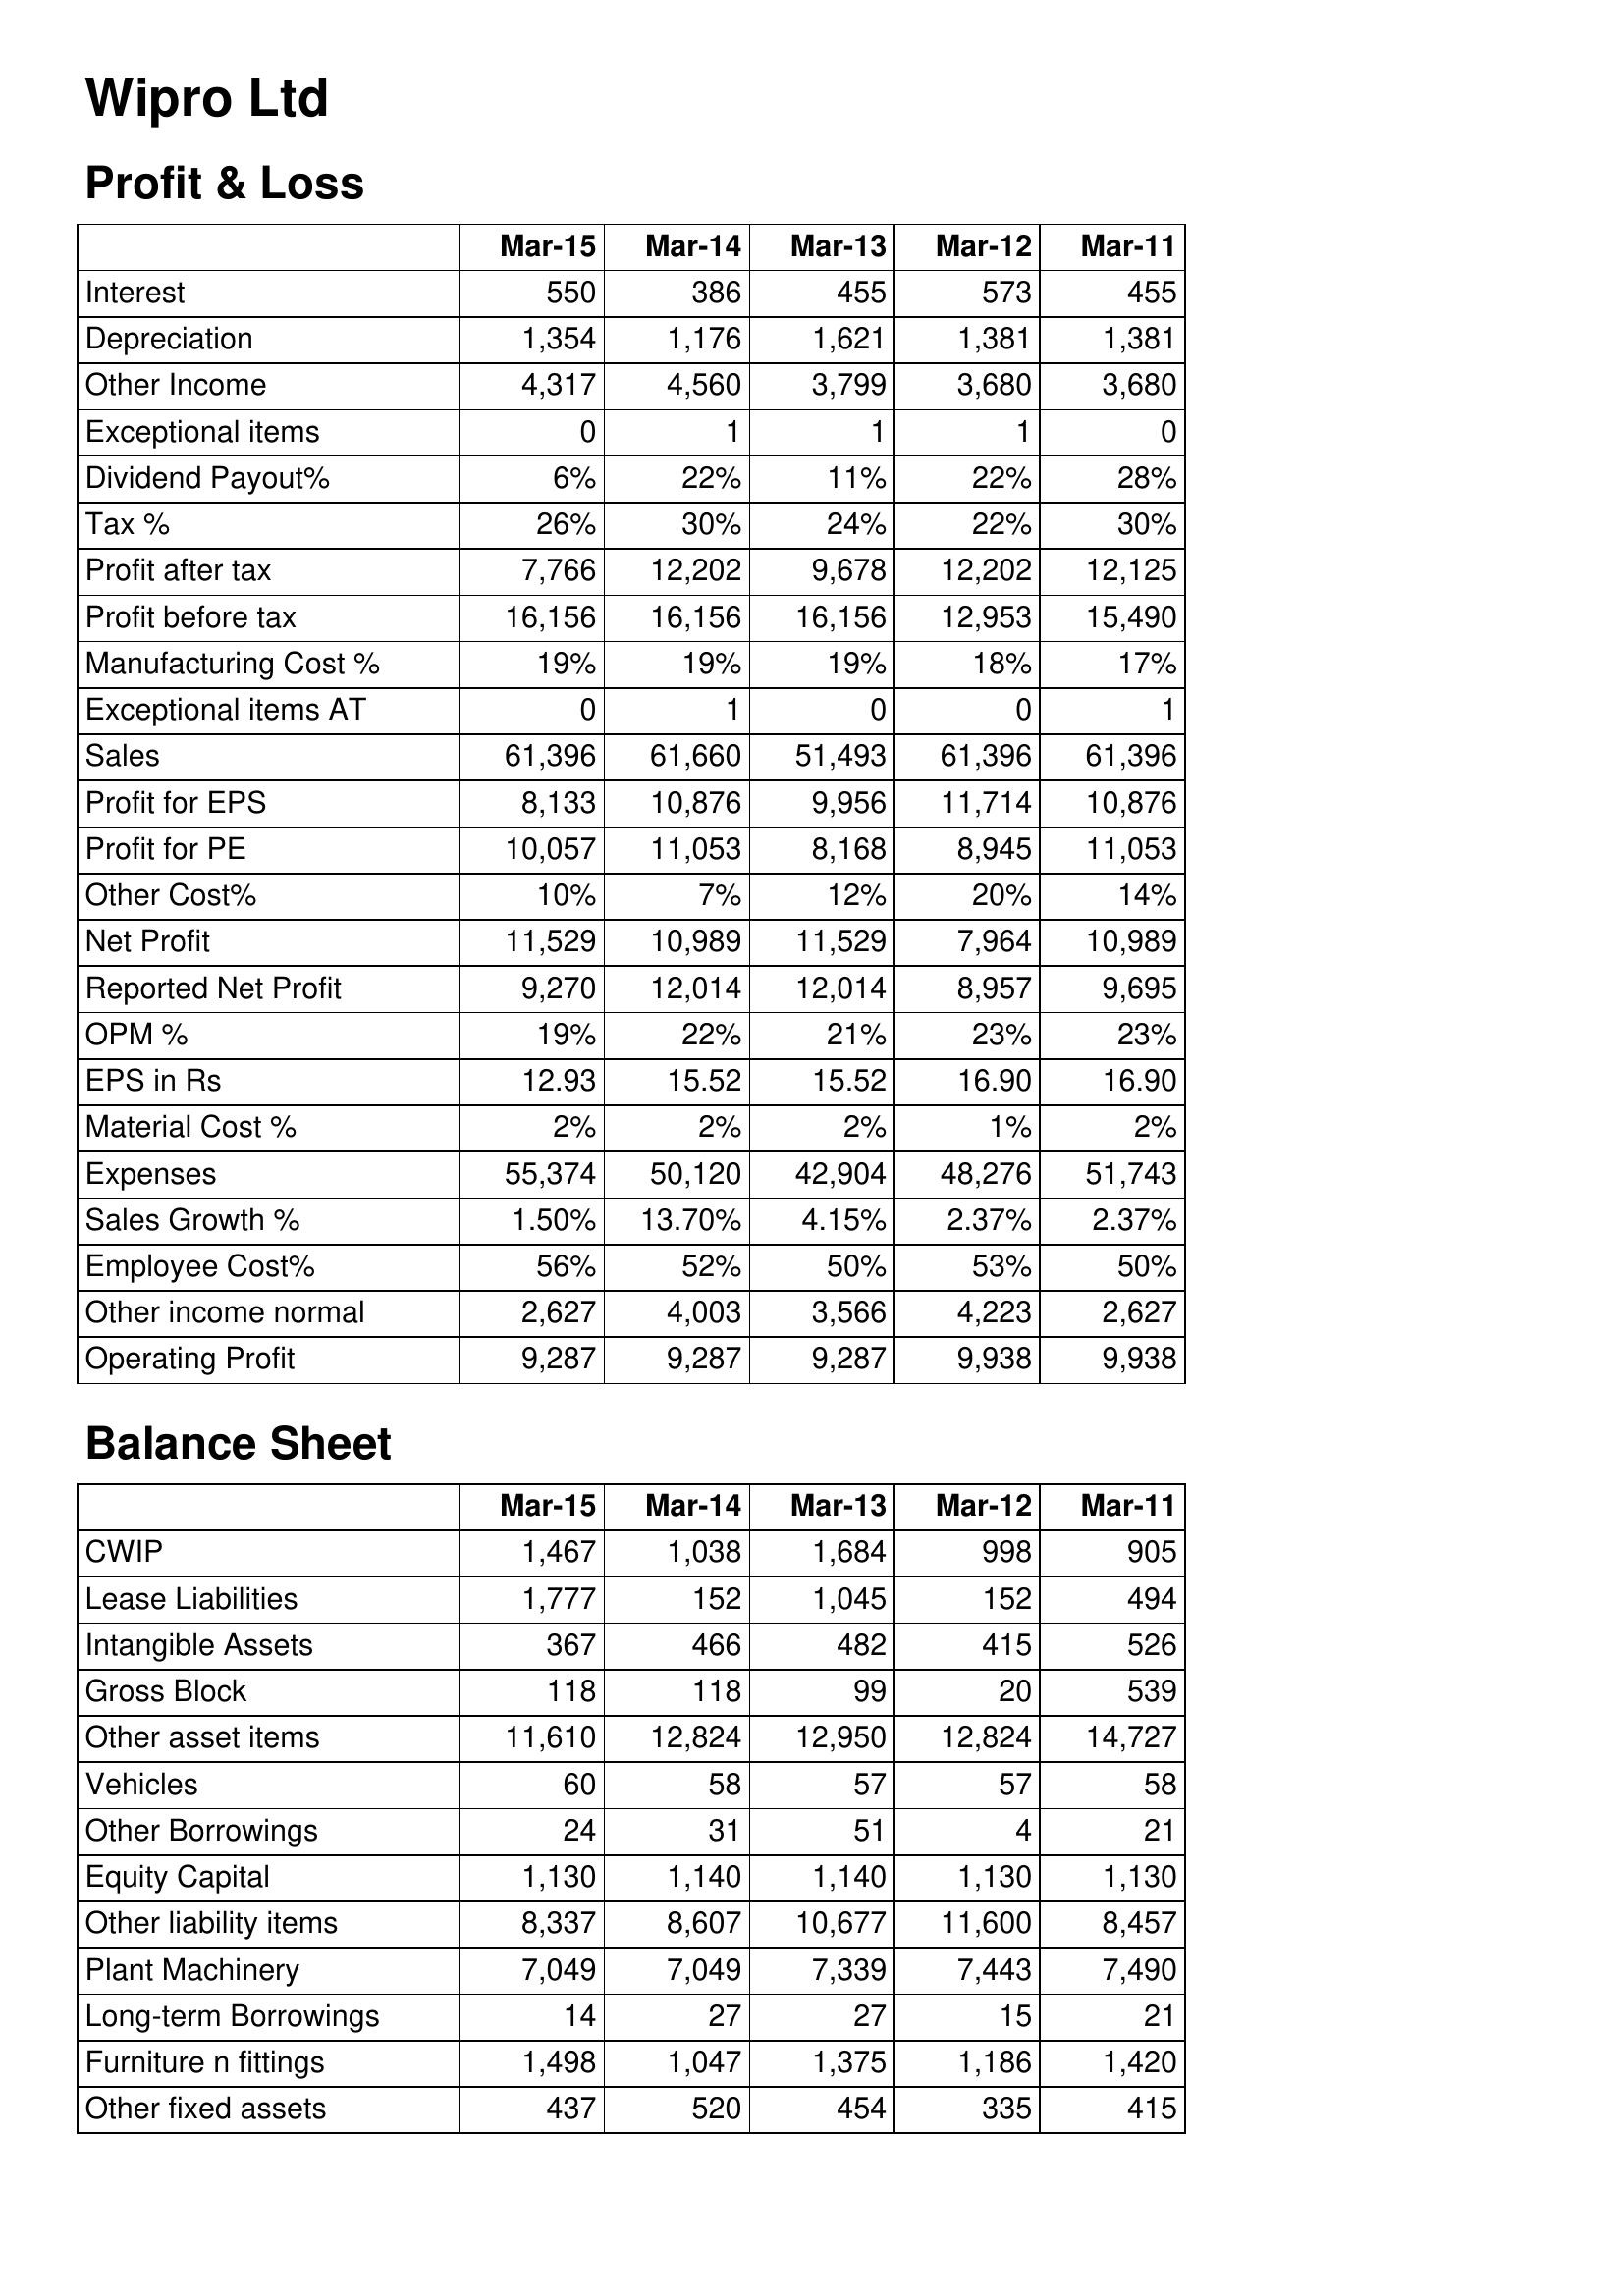
Mar-15: Profit & Loss: Interest: 550
Depreciation: 1,354
Other Income: 4,317
Exceptional items: 0
Dividend Payout%: 6%
Tax %: 26%
Profit after tax: 7,766
Profit before tax: 16,156
Manufacturing Cost %: 19%
Exceptional items AT: 0
Sales: 61,396
Profit for EPS: 8,133
Profit for PE: 10,057
Other Cost%: 10%
Net Profit: 11,529
Reported Net Profit: 9,270
OPM %: 19%
EPS in Rs: 12.93
Material Cost %: 2%
Expenses: 55,374
Sales Growth %: 1.50%
Employee Cost%: 56%
Other income normal: 2,627
Operating Profit: 9,287
Balance Sheet: CWIP: 1,467
Lease Liabilities: 1,777
Intangible Assets: 367
Gross Block: 118
Other asset items: 11,610
Vehicles: 60
Other Borrowings: 24
Equity Capital: 1,130
Other liability items: 8,337
Plant Machinery: 7,049
Long-term Borrowings: 14
Furniture n fittings: 1,498
Other fixed assets: 437
Mar-14: Profit & Loss: Interest: 386
Depreciation: 1,176
Other Income: 4,560
Exceptional items: 1
Dividend Payout%: 22%
Tax %: 30%
Profit after tax: 12,202
Profit before tax: 16,156
Manufacturing Cost %: 19%
Exceptional items AT: 1
Sales: 61,660
Profit for EPS: 10,876
Profit for PE: 11,053
Other Cost%: 7%
Net Profit: 10,989
Reported Net Profit: 12,014
OPM %: 22%
EPS in Rs: 15.52
Material Cost %: 2%
Expenses: 50,120
Sales Growth %: 13.70%
Employee Cost%: 52%
Other income normal: 4,003
Operating Profit: 9,287
Balance Sheet: CWIP: 1,038
Lease Liabilities: 152
Intangible Assets: 466
Gross Block: 118
Other asset items: 12,824
Vehicles: 58
Other Borrowings: 31
Equity Capital: 1,140
Other liability items: 8,607
Plant Machinery: 7,049
Long-term Borrowings: 27
Furniture n fittings: 1,047
Other fixed assets: 520
Mar-13: Profit & Loss: Interest: 455
Depreciation: 1,621
Other Income: 3,799
Exceptional items: 1
Dividend Payout%: 11%
Tax %: 24%
Profit after tax: 9,678
Profit before tax: 16,156
Manufacturing Cost %: 19%
Exceptional items AT: 0
Sales: 51,493
Profit for EPS: 9,956
Profit for PE: 8,168
Other Cost%: 12%
Net Profit: 11,529
Reported Net Profit: 12,014
OPM %: 21%
EPS in Rs: 15.52
Material Cost %: 2%
Expenses: 42,904
Sales Growth %: 4.15%
Employee Cost%: 50%
Other income normal: 3,566
Operating Profit: 9,287
Balance Sheet: CWIP: 1,684
Lease Liabilities: 1,045
Intangible Assets: 482
Gross Block: 99
Other asset items: 12,950
Vehicles: 57
Other Borrowings: 51
Equity Capital: 1,140
Other liability items: 10,677
Plant Machinery: 7,339
Long-term Borrowings: 27
Furniture n fittings: 1,375
Other fixed assets: 454
Mar-12: Profit & Loss: Interest: 573
Depreciation: 1,381
Other Income: 3,680
Exceptional items: 1
Dividend Payout%: 22%
Tax %: 22%
Profit after tax: 12,202
Profit before tax: 12,953
Manufacturing Cost %: 18%
Exceptional items AT: 0
Sales: 61,396
Profit for EPS: 11,714
Profit for PE: 8,945
Other Cost%: 20%
Net Profit: 7,964
Reported Net Profit: 8,957
OPM %: 23%
EPS in Rs: 16.90
Material Cost %: 1%
Expenses: 48,276
Sales Growth %: 2.37%
Employee Cost%: 53%
Other income normal: 4,223
Operating Profit: 9,938
Balance Sheet: CWIP: 998
Lease Liabilities: 152
Intangible Assets: 415
Gross Block: 20
Other asset items: 12,824
Vehicles: 57
Other Borrowings: 4
Equity Capital: 1,130
Other liability items: 11,600
Plant Machinery: 7,443
Long-term Borrowings: 15
Furniture n fittings: 1,186
Other fixed assets: 335
Mar-11: Profit & Loss: Interest: 455
Depreciation: 1,381
Other Income: 3,680
Exceptional items: 0
Dividend Payout%: 28%
Tax %: 30%
Profit after tax: 12,125
Profit before tax: 15,490
Manufacturing Cost %: 17%
Exceptional items AT: 1
Sales: 61,396
Profit for EPS: 10,876
Profit for PE: 11,053
Other Cost%: 14%
Net Profit: 10,989
Reported Net Profit: 9,695
OPM %: 23%
EPS in Rs: 16.90
Material Cost %: 2%
Expenses: 51,743
Sales Growth %: 2.37%
Employee Cost%: 50%
Other income normal: 2,627
Operating Profit: 9,938
Balance Sheet: CWIP: 905
Lease Liabilities: 494
Intangible Assets: 526
Gross Block: 539
Other asset items: 14,727
Vehicles: 58
Other Borrowings: 21
Equity Capital: 1,130
Other liability items: 8,457
Plant Machinery: 7,490
Long-term Borrowings: 21
Furniture n fittings: 1,420
Other fixed assets: 415